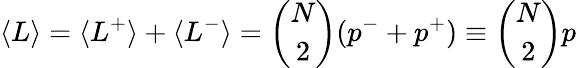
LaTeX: \langle L\rangle=\langle L^{+}\rangle+\langle L^{-}\rangle=\binom{N}{2}(p^{-}+p^{+})\equiv\binom{N}{2}p